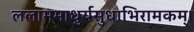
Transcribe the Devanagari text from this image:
ललाममाधुर्यसुधाभिरामकम्।